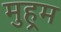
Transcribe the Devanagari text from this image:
मुहर्‍म